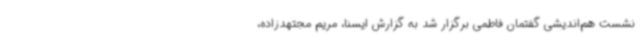
نشست هم‌اندیشی گفتمان فاطمی برگزار شد به گزارش ایسنا، مریم مجتهدزاده،